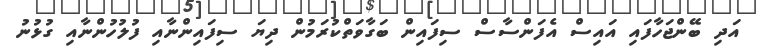
އަދި ބޭންޖަހާފައި އައިސް އެފަންސާސް ސިފައިން ބަގާވަތްކުރަމުން ދިޔަ ސިފައިންނާއި ފުލުހުންނާއި ގުޅުނު